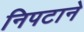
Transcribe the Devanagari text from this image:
निपटाने